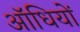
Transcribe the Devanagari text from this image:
ऑधियों